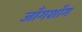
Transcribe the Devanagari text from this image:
जाँगशाँग